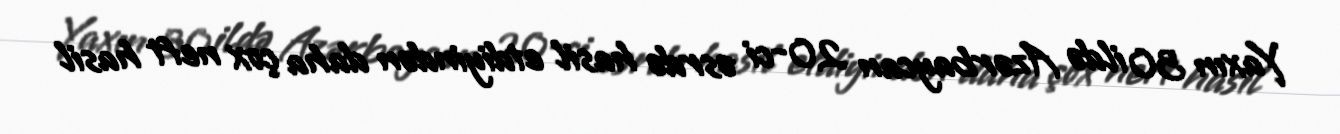
Yaxın 30 ildə Azərbaycan 20-ci əsrdə hasil etdiyindən daha çox neft hasil